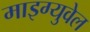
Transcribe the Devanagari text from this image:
माइग्युवेल